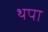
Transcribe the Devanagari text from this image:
थपा